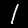
Digit: 1